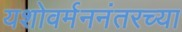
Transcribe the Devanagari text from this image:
यशोवर्मननंतरच्या